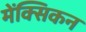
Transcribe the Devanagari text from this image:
मेंक्सिकन